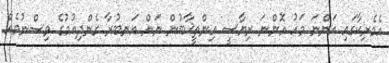
އެމެރިކާގައި އަންނަ މަހު އޮންނަ ރިޔާސީ އިންތީޚާބުން ނަން އަނބުރާ ގެންދިއުމުގެ ވިސްނުމެއް